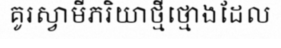
គូរស្វាមីភរិយាថ្មីថ្មោងដែល